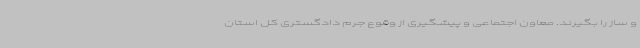
و ساز را بگیرند. معاون اجتماعی و پیشگیری از وقوع جرم دادگستری کل استان